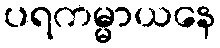
ပရကမ္မာယနေ